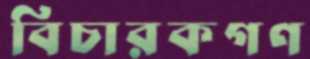
বিচারকগণ